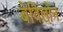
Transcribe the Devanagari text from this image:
बेविलोन